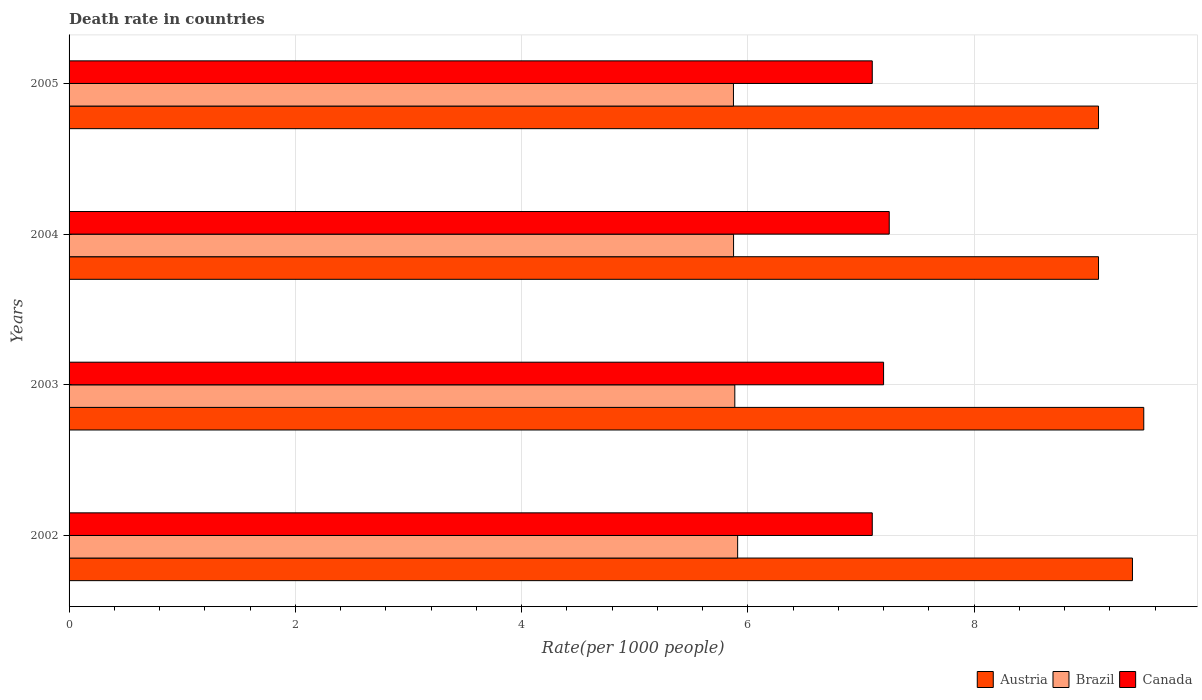
| Years | Austria | Brazil | Canada |
 | --- | --- | --- | --- |
 | 2002 | 9.4 | 5.91 | 7.1 |
 | 2003 | 9.5 | 5.88 | 7.2 |
 | 2004 | 9.1 | 5.87 | 7.25 |
 | 2005 | 9.1 | 5.87 | 7.1 |